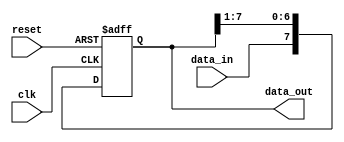
module shift_register (
  input wire clk, // Clock input
  input wire reset, // Reset input
  input wire data_in, // Data input
  output reg [7:0] data_out // Parallel data output
);

reg [7:0] reg_data;

always @(posedge clk or posedge reset) begin
  if (reset) begin
    reg_data <= 8'b0; // Reset shift register to 0
  end else begin
    reg_data <= {data_in, reg_data[7:1]}; // Shift data to the right
  end
end

assign data_out = reg_data; // Output parallel data

endmodule